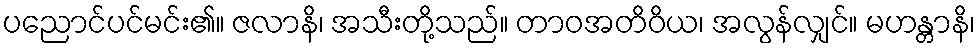
ပညောင်ပင်မင်း၏။ ဇလာနိ၊ အသီးတို့သည်။ တာဝအတိဝိယ၊ အလွန်လျှင်။ မဟန္တာနိ၊